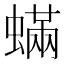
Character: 蟎